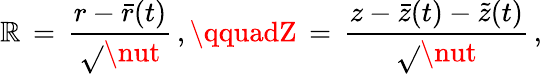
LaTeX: \mathbb{R}\, =\, \frac{{r-\bar{{r}}(t)}}{{\sqrt{}{{\nut}}}}\, ,\qquadZ\, =\, \frac{{z-\bar{{z}}(t)-\tilde{{z}}(t)}}{{\sqrt{}{{\nut}}}}\, ,